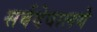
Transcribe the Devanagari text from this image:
सर्वदेवालये